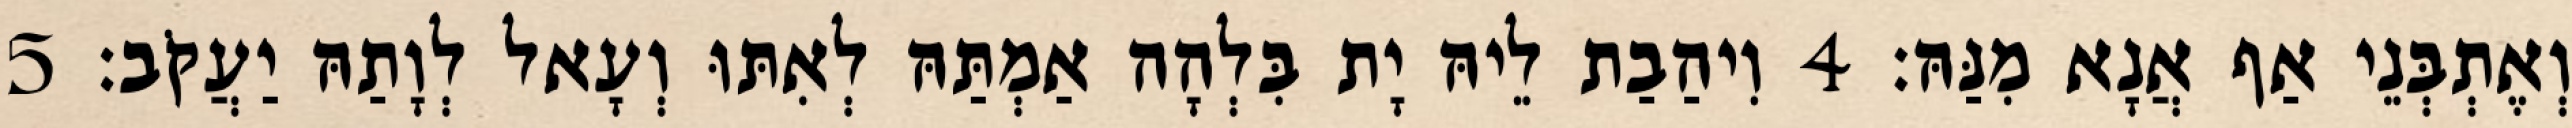
וְאֶתְבְּנֵי אַף אֲנָא מִנַּהּ׃ 4 וִיהַבַת לֵיהּ יָת בִּלְהָה אַמְתַּהּ לְאִתּוּ וְעָאל לְוָתַהּ יַעֲקֹב׃ 5